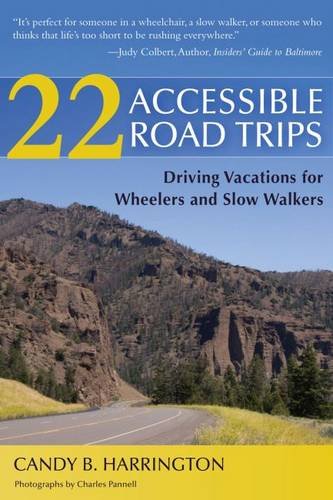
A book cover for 22 Accessible Road Trips; Candy Harrington; Travel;